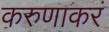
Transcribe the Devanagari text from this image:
करुणाकरं